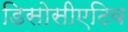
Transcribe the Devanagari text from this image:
डिसोसीएटिव